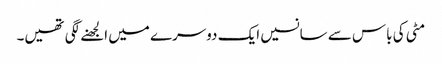
مٹی کی باس سے سانسیں ایک دوسرے میں الجھنے لگی تھیں۔